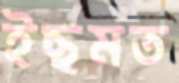
ইছমত